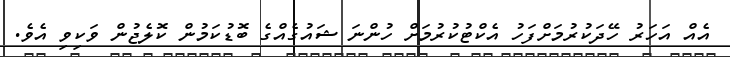
އެއް އަހަރު ހޭދަކުރުމަށްފަހު އެކްޓުކުރުމަށް ހުންނަ ޝައުގެއްގެ ބޮޑުކަމުން ކޮލެޖުން ވަކިވި އެވެ.